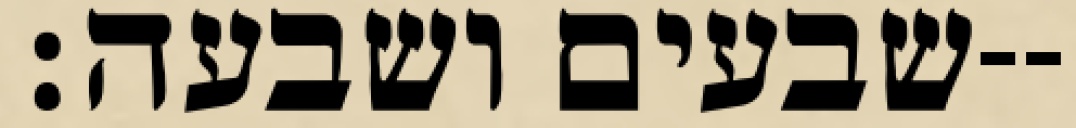
שבעים ושבעה׃--